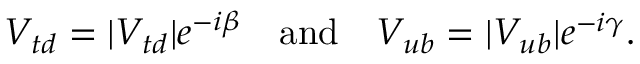
V _ { t d } = | V _ { t d } | e ^ { - i \beta } \quad \mathrm { a n d } \quad V _ { u b } = | V _ { u b } | e ^ { - i \gamma } .